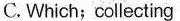
C. Which;collecting